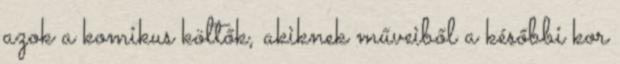
azok a komikus költők, akiknek műveiből a későbbi kor